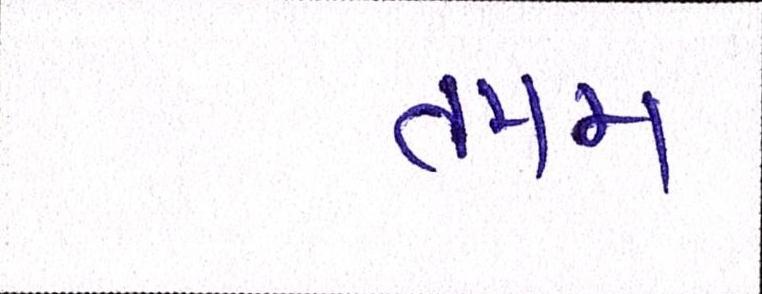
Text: તમમ